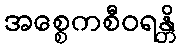
အစ္စေကစီဝရန္တိ